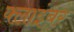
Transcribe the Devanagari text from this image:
क्लाइंबर